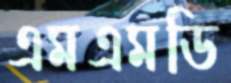
এমএমডি